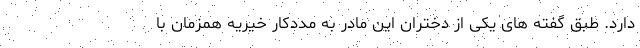
دارد. طبق گفته های یکی از دختران این مادر به مددکار خیریه همزمان با